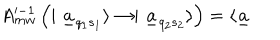
A _ { m w } ^ { \prime - 1 } \left( \mid \underline { { { a } } } _ { q _ { 1 } s _ { 1 } } \rangle \rightarrow \mid \underline { { { a } } } _ { q _ { 2 } s _ { 2 } } \rangle \right) = \langle \underline { { { a } } }